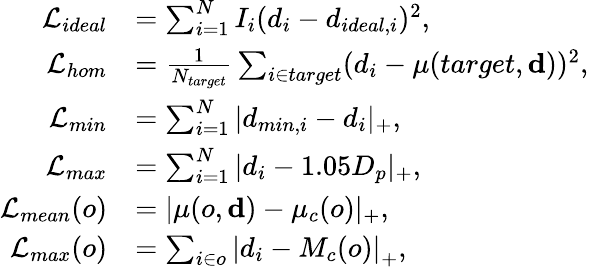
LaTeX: \begin{array}{rl}{\mathcal{L}_{ideal}}&{=\sum_{i=1}^{N}I_{i}(d_{i}-d_{ideal,i})^{2},}\\ {\mathcal{L}_{hom}}&{=\frac{1}{N_{target}}\sum_{i\in target}(d_{i}-\mu(target,\mathbf{d}))^{2},}\\ {\mathcal{L}_{min}}&{=\sum_{i=1}^{N}|d_{min,i}-d_{i}|_{+},}\\ {\mathcal{L}_{max}}&{=\sum_{i=1}^{N}|d_{i}-1.05D_{p}|_{+},}\\ {\mathcal{L}_{mean}(o)}&{=|\mu(o,\mathbf{d})-\mu_{c}(o)|_{+},}\\ {\mathcal{L}_{max}(o)}&{=\sum_{i\in o}\left|d_{i}-M_{c}(o)\right|_{+},}\end{array}